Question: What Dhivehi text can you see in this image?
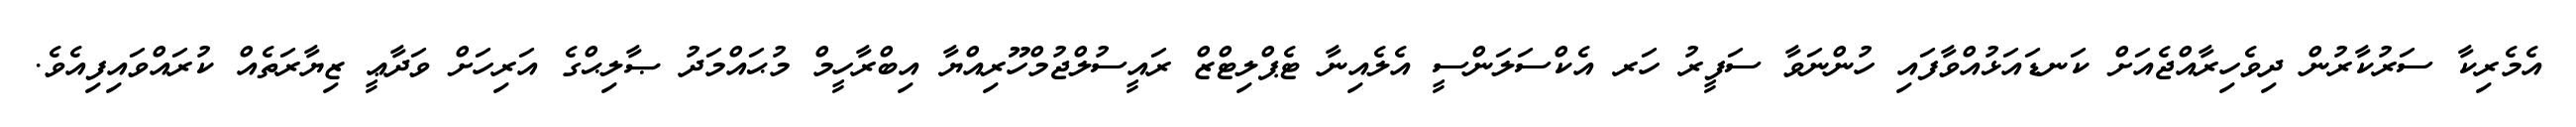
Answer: އެމެރިކާ ސަރުކާރުން ދިވެހިރާއްޖެއަށް ކަނޑައަޅުއްވާފައި ހުންނަވާ ސަފީރު ހަރ އެކްސަލަންސީ އެލެއިނާ ޓެޕްލިޓްޒް ރައީސުލްޖުމްހޫރިއްޔާ އިބްރާހީމް މުޙައްމަދު ޞާލިޙްގެ އަރިހަށް ވަދާޢީ ޒިޔާރަތެއް ކުރައްވައިފިއެވެ.